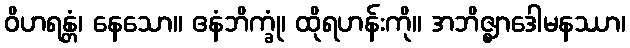
ဝိဟရန္တံ၊ နေသော။ ဧနံဘိက္ခုံ၊ ထိုရဟန်းကို။ အဘိဇ္ဈာဒေါမနဿာ၊